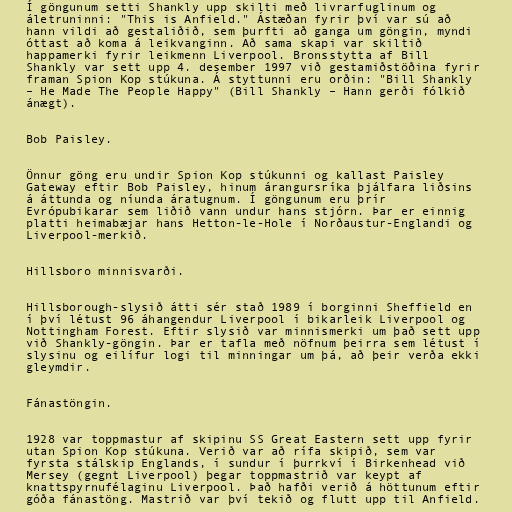
Í göngunum setti Shankly upp skilti með livrarfuglinum og
áletruninni: "This is Anfield." Ástæðan fyrir því var sú að
hann vildi að gestaliðið, sem þurfti að ganga um göngin, myndi
óttast að koma á leikvanginn. Að sama skapi var skiltið
happamerki fyrir leikmenn Liverpool. Bronsstytta af Bill
Shankly var sett upp 4. desember 1997 við gestamiðstöðina fyrir
framan Spion Kop stúkuna. Á styttunni eru orðin: "Bill Shankly
– He Made The People Happy" (Bill Shankly – Hann gerði fólkið
ánægt).

Bob Paisley.

Önnur göng eru undir Spion Kop stúkunni og kallast Paisley
Gateway eftir Bob Paisley, hinum árangursríka þjálfara liðsins
á áttunda og níunda áratugnum. Í göngunum eru þrír
Evrópubikarar sem liðið vann undur hans stjórn. Þar er einnig
platti heimabæjar hans Hetton-le-Hole í Norðaustur-Englandi og
Liverpool-merkið.

Hillsboro minnisvarði.

Hillsborough-slysið átti sér stað 1989 í borginni Sheffield en
í því létust 96 áhangendur Liverpool í bikarleik Liverpool og
Nottingham Forest. Eftir slysið var minnismerki um það sett upp
við Shankly-göngin. Þar er tafla með nöfnum þeirra sem létust í
slysinu og eilífur logi til minningar um þá, að þeir verða ekki
gleymdir.

Fánastöngin.

1928 var toppmastur af skipinu SS Great Eastern sett upp fyrir
utan Spion Kop stúkuna. Verið var að rífa skipið, sem var
fyrsta stálskip Englands, í sundur í þurrkví í Birkenhead við
Mersey (gegnt Liverpool) þegar toppmastrið var keypt af
knattspyrnufélaginu Liverpool. Það hafði verið á höttunum eftir
góða fánastöng. Mastrið var því tekið og flutt upp til Anfield.